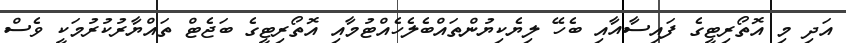
އަދި މި އޮތޯރިޓީގެ ފައިސާއާއި ބެހޭ ލިޔެކިޔުންތައްބެލެހެއްޓުމާއި އޮތޯރިޓީގެ ބަޖެޓް ތައްޔާރުކުރުމަކީ ވެސް